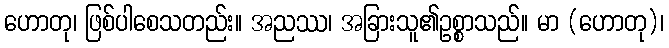
ဟောတု၊ ဖြစ်ပါစေသတည်း။ အညဿ၊ အခြားသူ၏ဥစ္စာသည်။ မာ (ဟောတု)၊